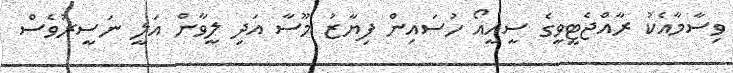
ވިސާމާއެކު ރާއްޖެޓީވީގެ ސީއީއޯ ހުސައިން ފިޔާޒު މޫސާ އަދި ލީވާން އަލީ ނަސީރުވެސް